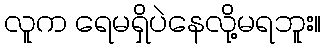
လူက ရေမရှိပဲနေလို့မရဘူး။